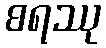
စရဿု